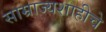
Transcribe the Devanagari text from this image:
साम्राज्यशाहीचे